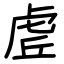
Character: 虗